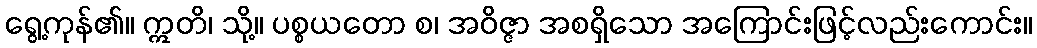
ရွေ့ကုန်၏။ ဣတိ၊ သို့။ ပစ္စယတော စ၊ အဝိဇ္ဇာ အစရှိသော အကြောင်းဖြင့်လည်းကောင်း။